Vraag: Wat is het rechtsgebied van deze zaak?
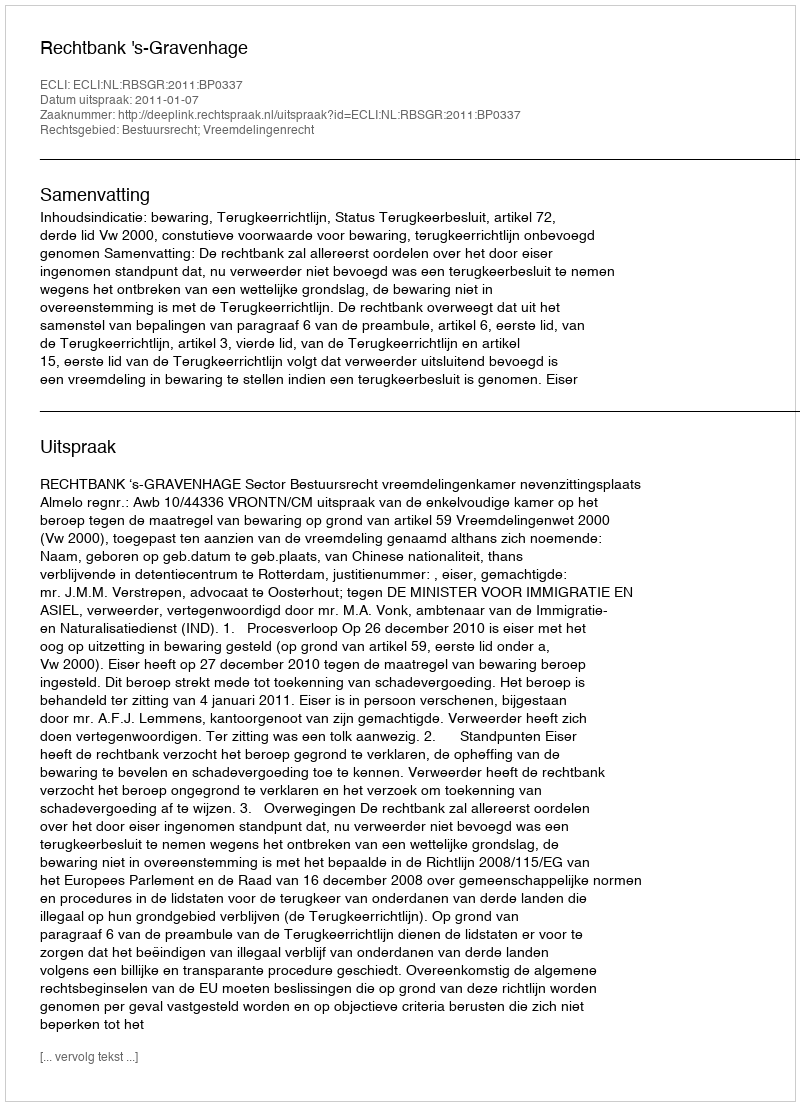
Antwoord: Bestuursrecht; Vreemdelingenrecht